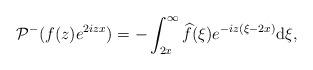
LaTeX: \begin{align*} & \mathcal{P}^- ( f(z) e^{ 2izx}) =- \int_{2x}^\infty \widehat{f} (\xi)e^{-iz(\xi-2x) } \mathrm{d}\xi,\end{align*}